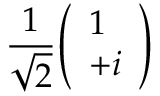
{ \frac { 1 } { \sqrt { 2 } } } { \left( \begin{array} { l } { 1 } \\ { + i } \end{array} \right) }